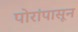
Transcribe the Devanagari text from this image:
पोरांपासून